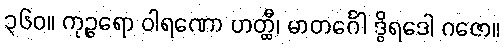
၃၆၀။ ကုဉ္ဇရော ဝါရဏော ဟတ္ထီ၊ မာတင်္ဂေါ ဒွိရဒေါ ဂဇော။